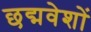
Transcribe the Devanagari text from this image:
छद्मवेशों